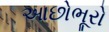
આછોભૂરો